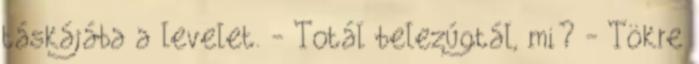
táskájába a levelet. - Totál belezúgtál, mi? - Tökre